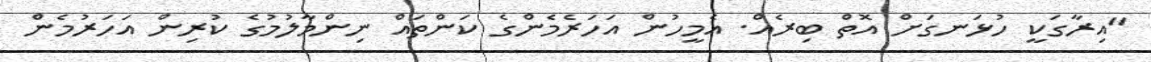
"އިރާގަކީ ހުޅަނގަށް އޮތް ބިރެއް. އެމީހުން އަހަރެމެންގެ ކަންތައް ނިންމާލުމުގެ ކުރިން އަހަރުމެން